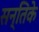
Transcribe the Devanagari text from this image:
सन्तिके